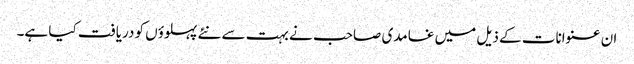
ان عنوانات کے ذیل میں غامدی صاحب نے بہت سے نئے پہلوؤں کو دریافت کیا ہے۔